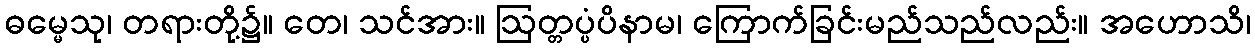
ဓမ္မေသု၊ တရားတို့၌။ တေ၊ သင်အား။ ဩတ္တပ္ပံပိနာမ၊ ကြောက်ခြင်းမည်သည်လည်း။ အဟောသိ၊